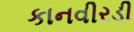
કાનવીરડી